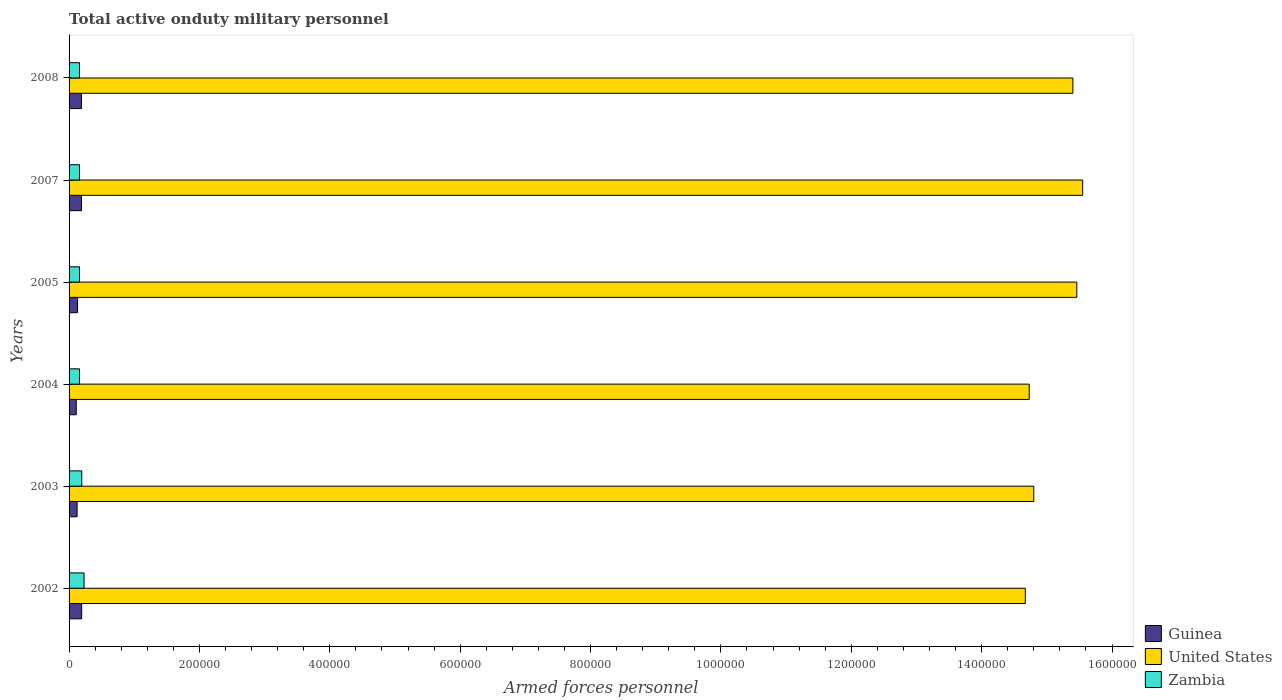
| Years | Guinea | United States | Zambia |
 | --- | --- | --- | --- |
 | 2002 | 1.93e+04 | 1.47e+06 | 2.3e+04 |
 | 2003 | 1.23e+04 | 1.48e+06 | 1.95e+04 |
 | 2004 | 1.1e+04 | 1.47e+06 | 1.6e+04 |
 | 2005 | 1.3e+04 | 1.55e+06 | 1.6e+04 |
 | 2007 | 1.9e+04 | 1.56e+06 | 1.6e+04 |
 | 2008 | 1.9e+04 | 1.54e+06 | 1.6e+04 |